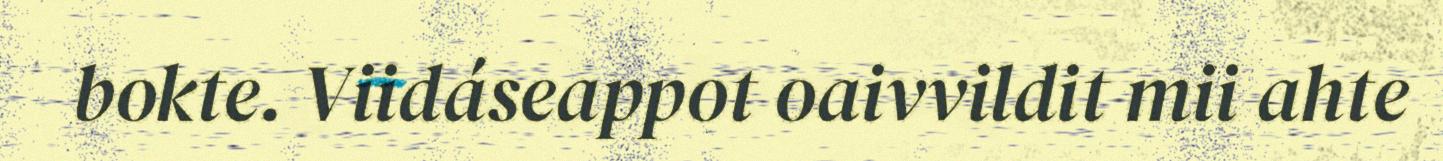
bokte. Viidáseappot oaivvildit mii ahte